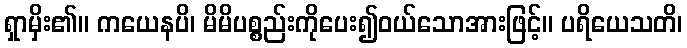
ရှာမှိး၏။ ကယေနပိ၊ မိမိပစ္စည်းကိုပေး၍ဝယ်သောအားဖြင့်။ ပရိယေသတိ၊